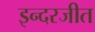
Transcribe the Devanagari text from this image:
इन्दरजीत